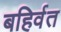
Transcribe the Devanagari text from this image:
बहिर्वत